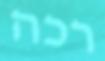
רכה